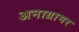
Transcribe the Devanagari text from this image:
अनाग्रामर